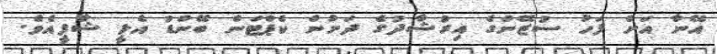
އޭނާ އަށް ފަހު ސުޒޭންގެ އިރުޝާދުގެ ދަށުން ކެޕްޓަން ބޭންޑު އެޅީ ޝާފީއެވެ.